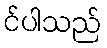
င်ပါသည်